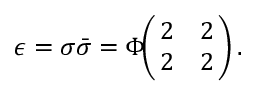
\epsilon = \sigma \bar { \sigma } = \Phi \! \! \left( \! \! \begin{array} { c c } { { 2 } } & { { 2 } } \\ { { 2 } } & { { 2 } } \end{array} \! \! \right) .